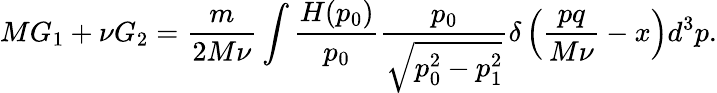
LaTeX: MG_{1}+\nu G_{2}=\frac m{2M\nu}\int\frac{H(p_{0})}{p_{0}}\frac{p_{0}}{\sqrt{p_{0}^{2}-p_{1}^{2}}}\delta\left(\frac{pq}{M\nu}-x\right)d^{3}p.